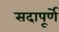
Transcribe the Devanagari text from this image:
सदापूर्णे